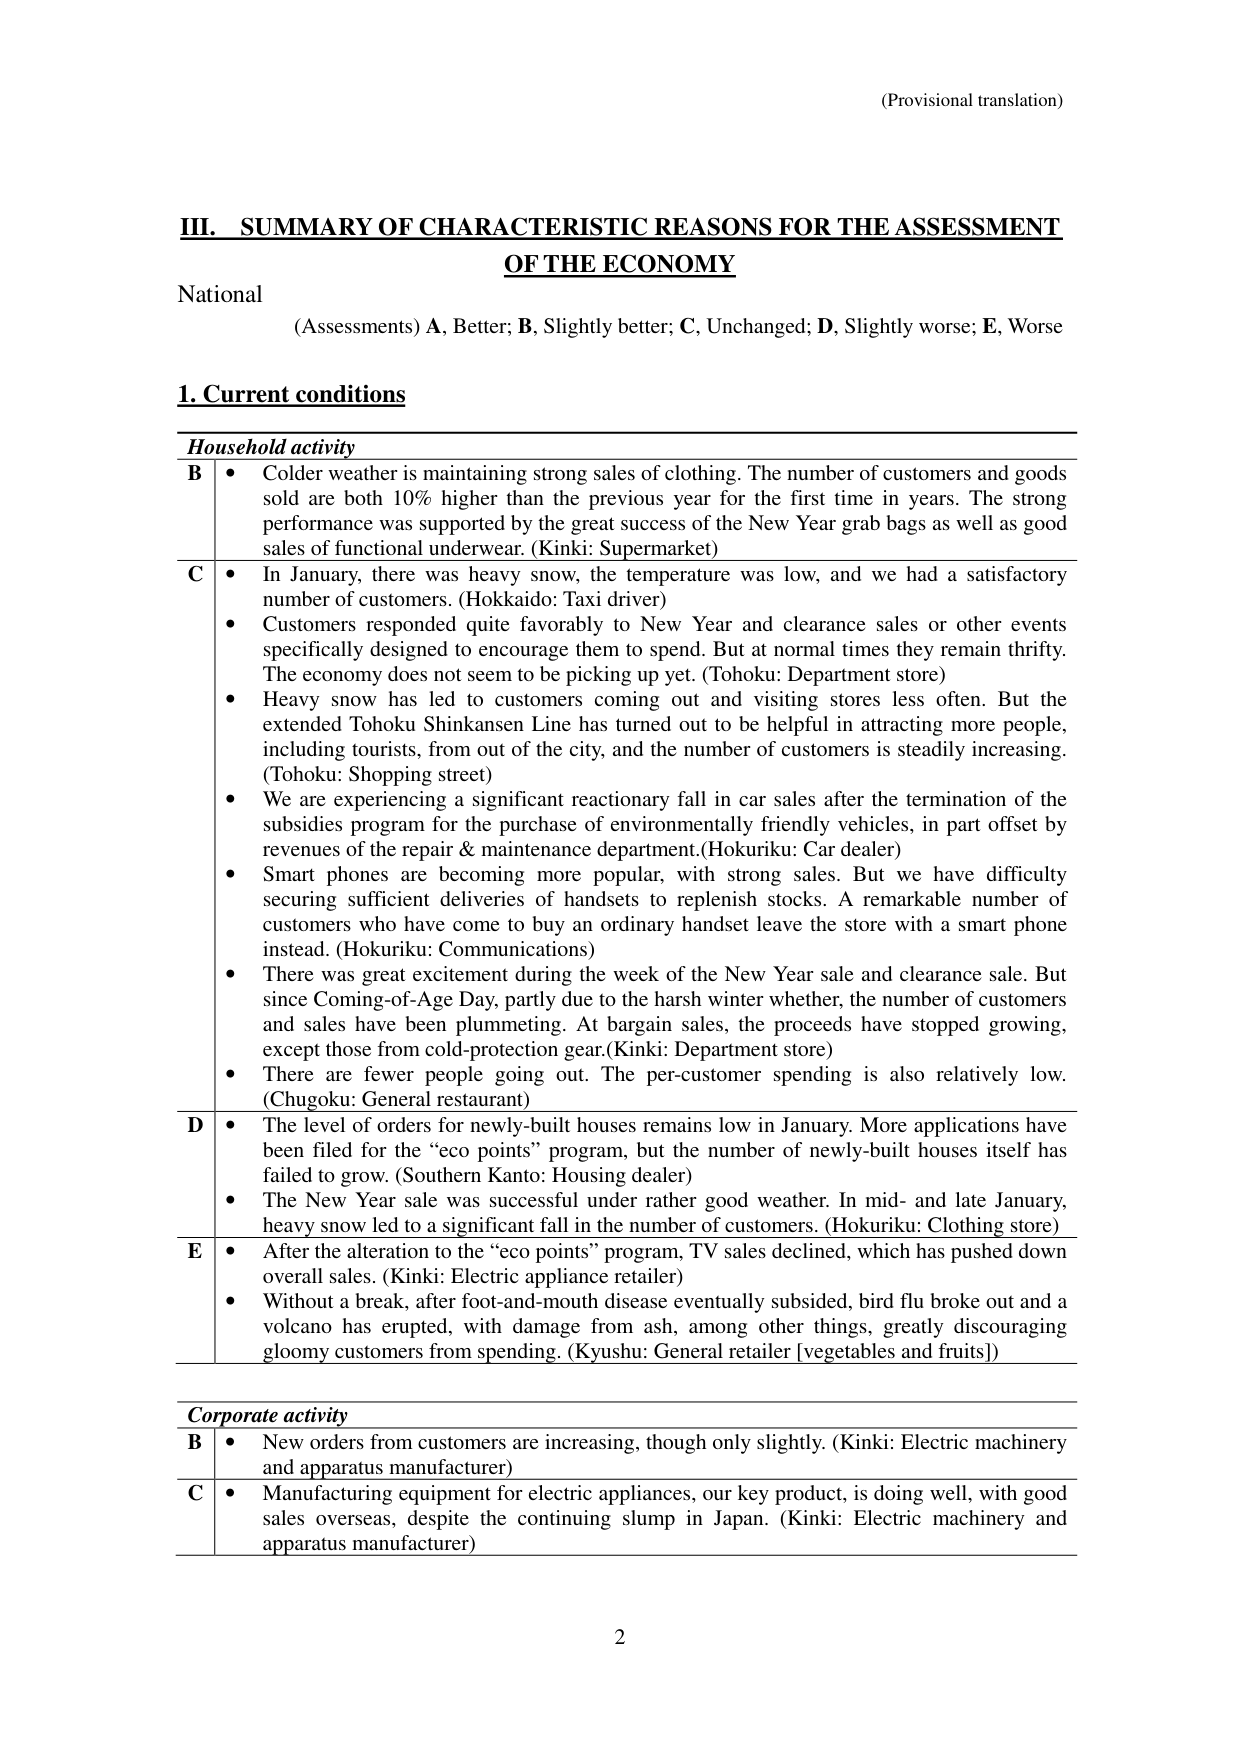
(Provisional translation)

III. SUMMARY OF CHARACTERISTIC REASONS FOR THE ASSESSMENT OF THE ECONOMY

National
(Assessments) A, Better; B, Slightly better; C, Unchanged; D, Slightly worse; E, Worse

1. Current conditions

Household activity

B • Colder weather is maintaining strong sales of clothing. The number of customers and goods sold are both 10% higher than the previous year for the first time in years. The strong performance was supported by the great success of the New Year grab bags as well as good sales of functional underwear. (Kinki: Supermarket)

C • In January, there was heavy snow, the temperature was low, and we had a satisfactory number of customers. (Hokkaido: Taxi driver)
• Customers responded quite favorably to New Year and clearance sales or other events specifically designed to encourage them to spend. But at normal times they remain thrifty. The economy does not seem to be picking up yet. (Tohoku: Department store)
• Heavy snow has led to customers coming out and visiting stores less often. But the extended Tohoku Shinkansen Line has turned out to be helpful in attracting more people, including tourists, from out of the city, and the number of customers is steadily increasing. (Tohoku: Shopping street)
• We are experiencing a significant reactionary fall in car sales after the termination of the subsidies program for the purchase of environmentally friendly vehicles, in part offset by revenues of the repair & maintenance department. (Hokuriku: Car dealer)
• Smart phones are becoming more popular, with strong sales. But we have difficulty securing sufficient deliveries of handsets to replenish stocks. A remarkable number of customers who have come to buy an ordinary handset leave the store with a smart phone instead. (Hokuriku: Communications)
• There was great excitement during the week of the New Year sale and clearance sale. But since Coming-of-Age Day, partly due to the harsh winter weather, the number of customers and sales have been plummeting. At bargain sales, the proceeds have stopped growing, except those from cold-protection gear. (Kinki: Department store)
• There are fewer people going out. The per-customer spending is also relatively low. (Chugoku: General restaurant)

D • The level of orders for newly-built houses remains low in January. More applications have been filed for the “eco points” program, but the number of newly-built houses itself has failed to grow. (Southern Kanto: Housing dealer)
• The New Year sale was successful under rather good weather. In mid- and late January, heavy snow led to a significant fall in the number of customers. (Hokuriku: Clothing store)

E • After the alteration to the “eco points” program, TV sales declined, which has pushed down overall sales. (Kinki: Electric appliance retailer)
• Without a break, after foot-and-mouth disease eventually subsided, bird flu broke out and a volcano has erupted, with damage from ash, among other things, greatly discouraging gloomy customers from spending. (Kyushu: General retailer [vegetables and fruits])

Corporate activity

B • New orders from customers are increasing, though only slightly. (Kinki: Electric machinery and apparatus manufacturer)

C • Manufacturing equipment for electric appliances, our key product, is doing well, with good sales overseas, despite the continuing slump in Japan. (Kinki: Electric machinery and apparatus manufacturer)

2